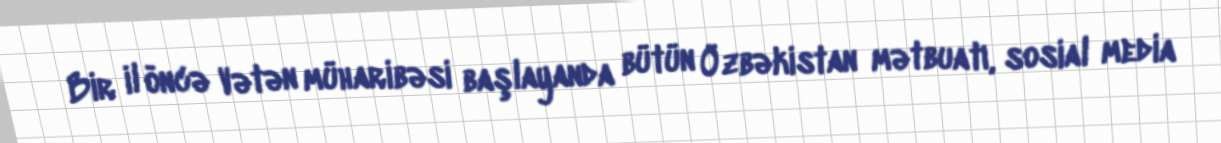
Bir il öncə Vətən müharibəsi başlayanda bütün Özbəkistan mətbuatı, sosial media